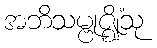
အဘိသမ္ဗုဇ္ဈိံသု